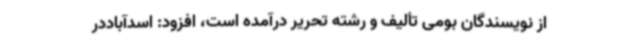
از نویسندگان بومی تألیف و رشته تحریر درآمده است، افزود: اسدآباددر